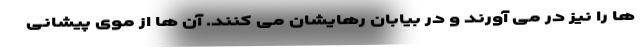
ها را نیز در می آورند و در بیابان رهایشان می کنند. آن ها از موی پیشانی